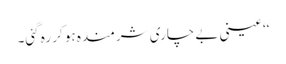
‘‘ عینی بے چاری شرمندہ ہو کر رہ گئی۔